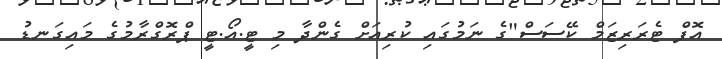
އޮފް ޓެރަރިޒަމް ކޭސަސް"ގެ ނަމުގައި ކުރިއަށް ގެންދާ މި ޓީ.އޯ.ޓީ ޕްރޮގްރާމުގެ މައިގަނޑު